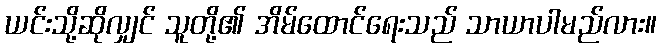
ယင်းသို့ဆိုလျှင် သူတို့၏ အိမ်ထောင်ရေးသည် သာယာပါမည်လား။